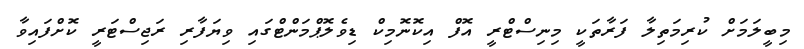
މިބީލަމަށް ކުރިމަތިލާ ފަރާތަކީ މިނިސްޓްރީ އޮފް އިކޮނޮމިކް ޑިވެލޮޕްމަންޓްގައި ވިޔަފާރި ރަޖިސްޓަރީ ކޮށްފައިވާ